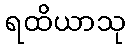
ရထိယာသု